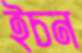
ইচন